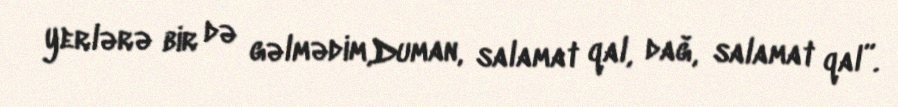
yerlərə bir də gəlmədim,Duman, salamat qal, dağ, salamat qal”.